Indian journal of veterinary science and animal husbandry - Volume 14,
Year: 1944
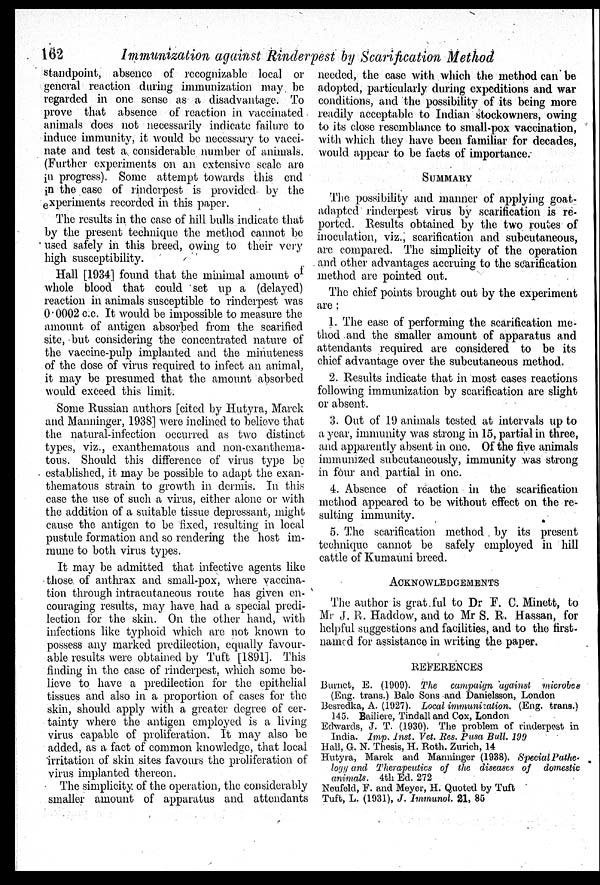
162
Immunization against Rinderpest by Scarification Method
standpoint, absence of recognizable local or
general reaction during immunization may be
regarded in one sense as a disadvantage. To
prove that absence of reaction in vaccinated
animals does not necessarily indicate failure to
induce immunity, it would be necessary to vacci-
nate and test a considerable number of animals.
(Further experiments on an extensive scale are
in progress). Some attempt towards this end
in the case of rinderpest is provided by the
experiments recorded in this paper.
The results in the case of hill bulls indicate that
by the present technique the method cannot be
used safely in this breed, owing to their very
high susceptibility.
Hall [1934] found that the minimal amount of
whole blood that could set up a (delayed)
reaction in animals susceptible to rinderpest was
0.0002 c.c. It would be impossible to measure the
amount of antigen absorbed from the scarified
site, but considering the concentrated nature of
the vaccine-pulp implanted and the minuteness
of the dose of virus required to infect an animal,
it may be presumed that the amount absorbed
would exceed this limit.
Some Russian authors [cited by Hutyra, Marek
and Manninger, 1938] were inclined to believe that
the natural-infection occurred as two distinct
types, viz., exanthematous and non-exanthema-
tous. Should this difference of virus type be
established, it may be possible to adapt the exan-
thematous strain to growth in dermis. In this
case the use of such a virus, either alone or with
the addition of a suitable tissue depressant, might
cause the antigen to be fixed, resulting in local
pustule formation and so rendering the host im-
mune to both virus types.
It may be admitted that infective agents like
those of anthrax and small-pox, where vaccina-
tion through intracutaneous route has given en-
couraging results, may have had a special predi-
lection for the skin. On the other hand, with
infections like typhoid which are not known to
possess any marked predilection, equally favour-
able results were obtained by Tuft [1891]. This
finding in the case of rinderpest, which some be-
lieve to have a predilection for the epithelial
tissues and also in a proportion of cases for the
skin, should apply with a greater degree of cer-
tainty where the antigen employed is a living
virus capable of proliferation. It may also be
added, as a fact of common knowledge, that local
irritation of skin sites favours the proliferation of
virus implanted thereon.
The simplicity of the operation, the considerably
smaller amount of apparatus and attendants
needed, the case with which the method can be
adopted, particularly during expeditions and war
conditions, and the possibility of its being more
readily acceptable to Indian stockowners, owing
to its close resemblance to small-pox vaccination,
with which they have been familiar for decades,
would appear to be facts of importance.
SUMMARY
The possibility and manner of applying goat-
adapted rinderpest virus by scarification is re-
ported. Results obtained by the two routes of
inoculation, viz., scarification and subcutaneous,
are compared. The simplicity of the operation
and other advantages accruing to the scarification
method are pointed out.
The chief points brought out by the experiment
are:
1. The ease of performing the scarification me-
thod and the smaller amount of apparatus and
attendants required are considered to be its
chief advantage over the subcutaneous method.
2. Results indicate that in most cases reactions
following immunization by scarification are slight
or absent.
3. Out of 19 animals tested at intervals up to
a year, immunity was strong in 15, partial in three,
and apparently absent in one. Of the five animals
immunized subcutaneously, immunity was strong
in four and partial in one.
4. Absence of reaction in the scarification
method appeared to be without effect on the re-
sulting immunity.
5. The scarification method by its present
technique cannot be safely employed in hill
cattle of Kumauni breed.
ACKNOWLEDGEMENTS
The author is grat ful to Dr F. C. Minett, to
Mr J. R. Haddow, and to Mr S. R. Hassan, for
helpful suggestions and facilities, and to the first-
named for assistance in writing the paper.
REFERENCES
Burnet, E. (1909). The campaign against microbes
(Eng. trans.) Bale Sons and Danielsson, London
Besredka, A. (1927). Local immunization. (Eng. trans.)
145. Bailiere, Tindall and Cox, London
Edwards, J. T. (1930). The problem of rinderpest in
India. Imp. Inst. Vet. Res. Pusa Bull. 199
Hall, G. N. Thesis, H. Roth. Zurich, 14
Hutyra, Marek and Manninger (1938). Special Pathe-
logy and Therapeutics of the diseases of domestic
animals. 4th Ed. 272
Neufeld, F. and Meyer, H. Quoted by Tuft
Tuft, L. (1931), J. Immunol 21, 85